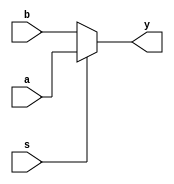
module mux4bit2to1(
    input [3:0] a,
    input [3:0] b,
    input s,
    output [3:0]y 
);

    
    assign y = s==1 ? a : b;
   

    

endmodule